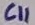
Text: C11